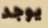
يوجد